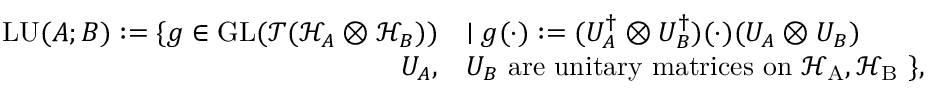
\begin{array} { r } { \begin{array} { r l } { \mathrm { L U } ( A ; B ) : = \{ g \in \mathrm { G L } ( \mathcal { T } ( \mathcal { H } _ { A } \otimes \mathcal { H } _ { B } ) ) } & { \mid g ( \cdot ) : = ( U _ { A } ^ { \dag } \otimes U _ { B } ^ { \dag } ) ( \cdot ) ( U _ { A } \otimes U _ { B } ) } \\ { U _ { A } , } & { U _ { B } \ \mathrm { a r e ~ u n i t a r y ~ m a t r i c e s ~ o n ~ \mathcal { H } _ A , \mathcal { H } _ B ~ } \} , } \end{array} } \end{array}